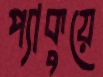
প্যাকুয়ে